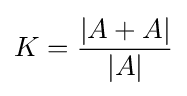
K={\dfrac {|A+A|}{|A|}}